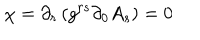
LaTeX: \chi = \partial _ { r } \left( g ^ { r s } \partial _ { 0 } A _ { s } \right) = 0